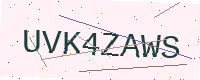
Text: UVK4ZAWS